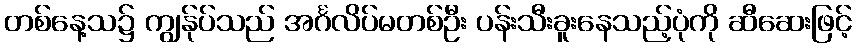
တစ်နေ့သ၌ ကျွန်ုပ်သည် အင်္ဂလိပ်မတစ်ဦး ပန်းသီးခူးနေသည့်ပုံကို ဆီဆေးဖြင့်